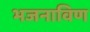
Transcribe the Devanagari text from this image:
भजनाविण